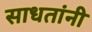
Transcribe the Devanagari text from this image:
साधतांनी